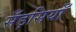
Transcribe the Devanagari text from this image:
सँड़सियाँ